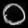
Digit: ၀